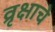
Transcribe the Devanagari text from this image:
व्रृक्षाचे